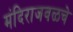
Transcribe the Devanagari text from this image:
मंदिराजवळचे